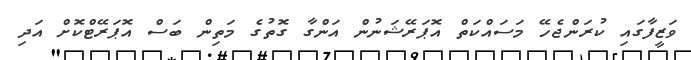
ވަޒީފާގައި ކުރަންޖެހޭ މަސައްކަތް އޮޕަރޭޝަނުން އަންގާ ގޮތުގެ މަތިން ބަސް އޮޕަރޭޓްކޮށް އަދި